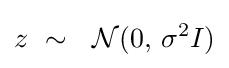
z\ \sim \ \ {\mathcal {N}}(0,\,\sigma ^{2}I)